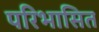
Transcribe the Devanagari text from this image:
परिभासित